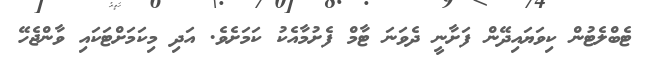
ޓެބްލެޓުން ކިވަޔައިދޭން ފަށާނީ ދެވަނަ ޓާމް ފެށުމާއެކު ކަމަށެވެ. އަދި މިކަމަށްޓަކައި ވާންޖެހޭ